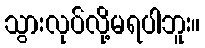
သွားလုပ်လို့မရပါဘူး။